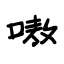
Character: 嗷